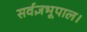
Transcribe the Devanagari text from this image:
सर्वज्ञभूपाल।